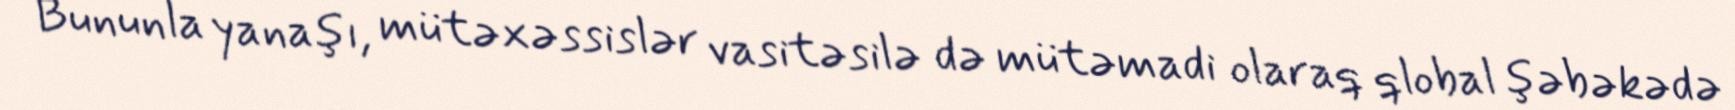
Bununla yanaşı, mütəxəssislər vasitəsilə də mütəmadi olaraq qlobal şəbəkədə